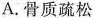
A.骨质疏松